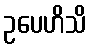
ဥပေဟိသိ